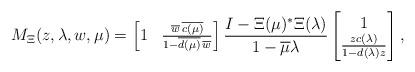
LaTeX: \begin{align*}M_{\Xi}(z,\lambda,w,\mu)=\begin{bmatrix} 1&\frac{\overline{w}\,\overline{c(\mu)}}{1-\overline{d(\mu)}\,\overline{w}}\end{bmatrix}\frac{I-\Xi(\mu)^*\Xi(\lambda)}{1-\overline{\mu}\lambda}\begin{bmatrix}1\\\frac{zc(\lambda)}{1-d(\lambda)z}\end{bmatrix},\end{align*}